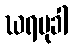
ဃရမုခါ